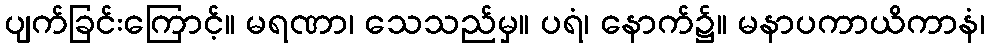
ပျက်ခြင်းကြောင့်။ မရဏာ၊ သေသည်မှ။ ပရံ၊ နောက်၌။ မနာပကာယိကာနံ၊